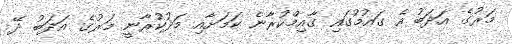
މަރުގެ އަދަބު އެ ގައުމުގައި ގާއިމްކުރާނެ ކަމަށާއި މަދުކުރާނީ މަރުގެ އަދަބު ދޭ